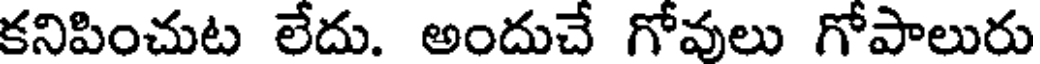
కనిపించుట లేదు. అందుచే గోవులు గోపాలురు